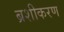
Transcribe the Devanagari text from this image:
ब्रशीकरण